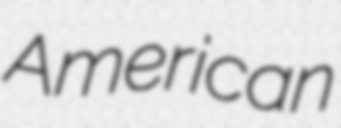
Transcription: American